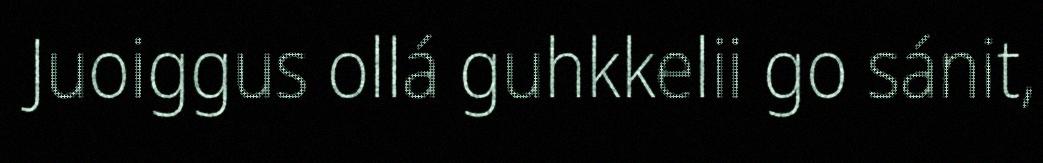
Juoiggus ollá guhkkelii go sánit,